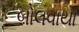
બોલવાયા